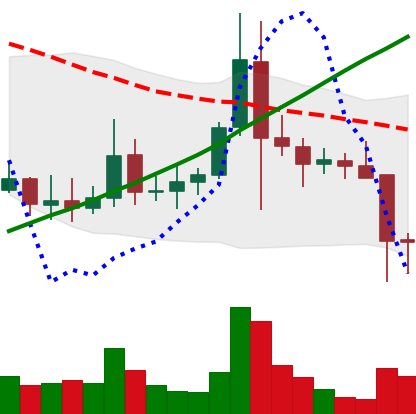
Ticker: ADA-USD
Chart end date: 2021-11-17
Forward return: -5.278%
Label: down_5_7